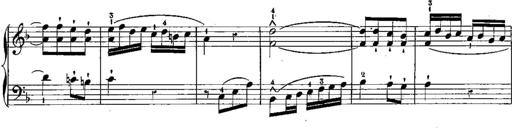
Title: 6 Sonatines
Composer: Albert Lavignac
Key: C major
 G major
 D major
 A minor
 F major
 B-flat major